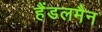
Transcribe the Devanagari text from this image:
हैंडलमैन